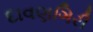
દાવણગિરી